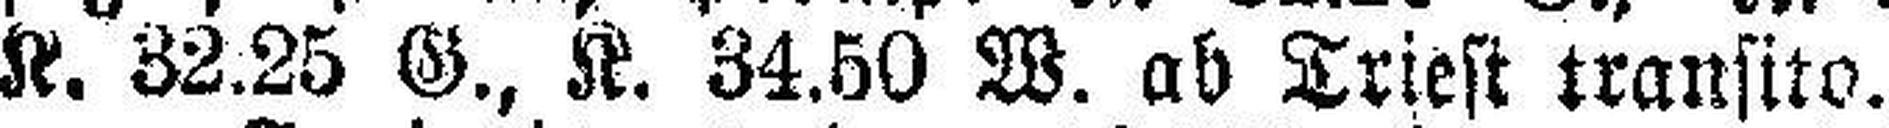
K. 32.25 G., K. 34.50 W. ab Triest tranfito.